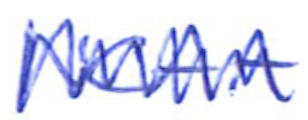
Text: NCAA
Cross-out: zig-zag
Writing tool: ballpoint